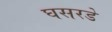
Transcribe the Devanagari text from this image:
घसरडे